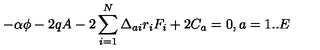
- \alpha \phi - 2 q A - 2 \sum _ { i = 1 } ^ { N } \Delta _ { a i } r _ { i } F _ { i } + 2 C _ { a } = 0 , a = 1 . . E